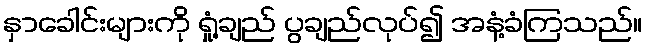
နှာခေါင်းများကို ရှုံ့ချည် ပွချည်လုပ်၍ အနံ့ခံကြသည်။